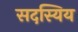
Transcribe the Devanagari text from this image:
सदस्यिय